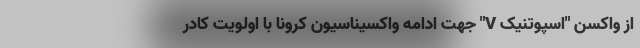
از واکسن "اسپوتنیک V" جهت ادامه واکسیناسیون کرونا با اولویت کادر